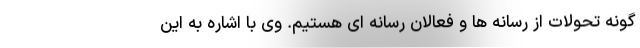
گونه تحولات از رسانه ها و فعالان رسانه ای هستیم. وی با اشاره به این